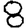
Digit: 8